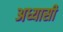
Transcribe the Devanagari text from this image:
अध्यासी